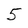
Character: 5